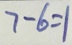
7 - 6 = 1